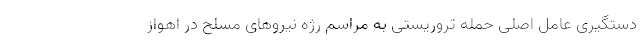
دستگیری عامل اصلی حمله تروریستی به مراسم رژه نیرو‌های مسلح در اهواز